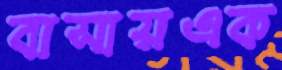
বাসায়এক